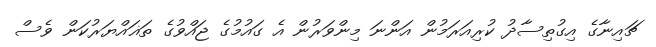
ޗައިނާގެ އިގުތިސާދު ކުރިއަރަމުން އަންނަ މިންވަރުން އެ ގައުމުގެ ޖައްވުގެ ތަޣައްޔަރުކަން ވެސް